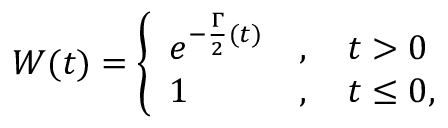
W ( t ) = \left\{ { \begin{array} { l l } { e ^ { - \frac { \Gamma } { 2 } ( t ) } } & { , \quad t > 0 } \\ { 1 } & { , \quad t \leq 0 , } \end{array} } \right.